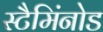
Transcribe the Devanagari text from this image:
स्टैमिंनोड